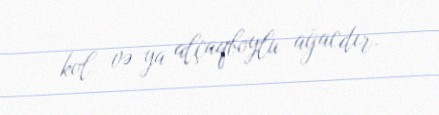
kol və ya alçaqboylu ağacdır.